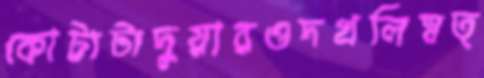
কোটাটাদুয়ারওদখলিস্বত্